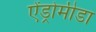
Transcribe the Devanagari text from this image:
ऐंड्रोमीडा